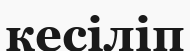
кесіліп